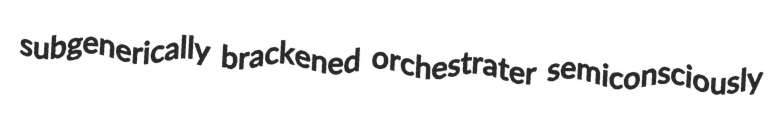
subgenerically brackened orchestrater semiconsciously